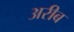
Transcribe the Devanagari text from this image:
अरीब